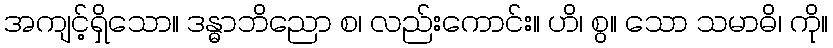
အကျင့်ရှိသော။ ဒန္ဓာဘိညော စ၊ လည်းကောင်း။ ဟိ၊ စွ။ သော သမာဓိ၊ ကို။